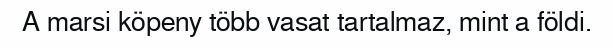
A marsi köpeny több vasat tartalmaz, mint a földi.